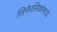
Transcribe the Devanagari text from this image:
सिनेरसिकांमध्ये